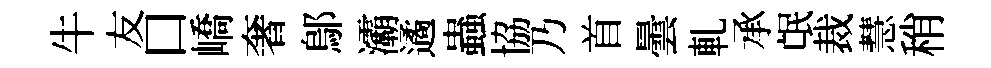
牛友口嶠奢鄔灞遹蟲協乃首曇軋承氓裁慧稍